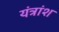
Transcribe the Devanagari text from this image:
यंत्रांश